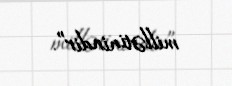
millətinindir”.